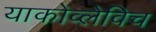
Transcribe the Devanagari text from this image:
याकोव्लेविच